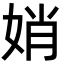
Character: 娋